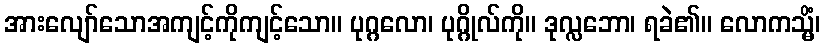
အားလျော်သောအကျင့်ကိုကျင့်သော။ ပုဂ္ဂလော၊ ပုဂ္ဂိုလ်ကို။ ဒုလ္လဘော၊ ရခဲ၏။ လောကသ္မိံ၊